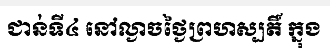
ជាន់ទី៤ នៅល្ងាចថ្ងៃព្រហស្បតិ៍ ក្នុង